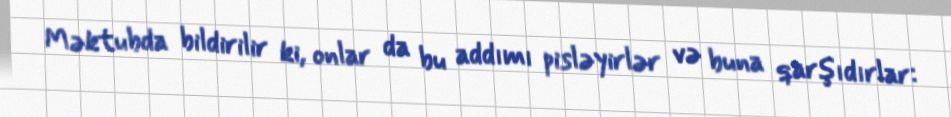
Məktubda bildirilir ki, onlar da bu addımı pisləyirlər və buna qarşıdırlar: